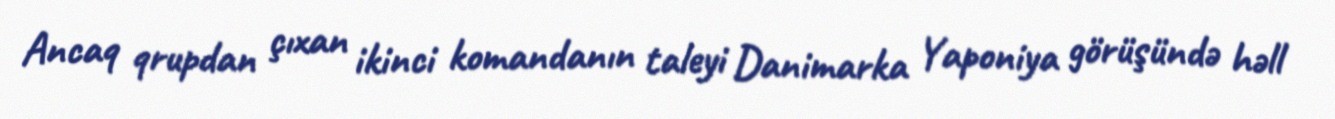
Ancaq qrupdan çıxan ikinci komandanın taleyi Danimarka Yaponiya görüşündə həll